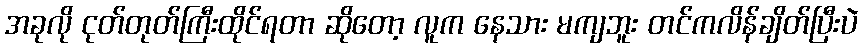
အခုလို ငုတ်တုတ်ကြီးထိုင်ရတာ ဆိုတော့ လူက နေသား မကျဘူး တင်ကလိန်ချိတ်ပြီးပဲ